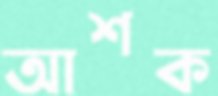
আশক